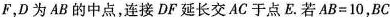
F，D为AB的中点，连接DF延长交AC于点E。若$$AB=10$$，BC